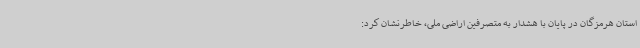
استان هرمزگان در پایان با هشدار به متصرفین اراضی ملی، خاطرنشان کرد: